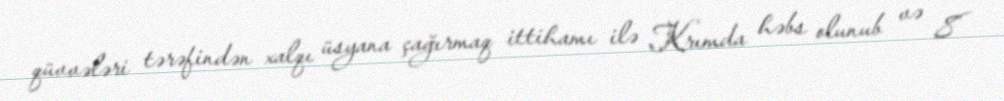
qüvvələri tərəfindən xalqı üsyana çağırmaq ittihamı ilə Krımda həbs olunub və 8